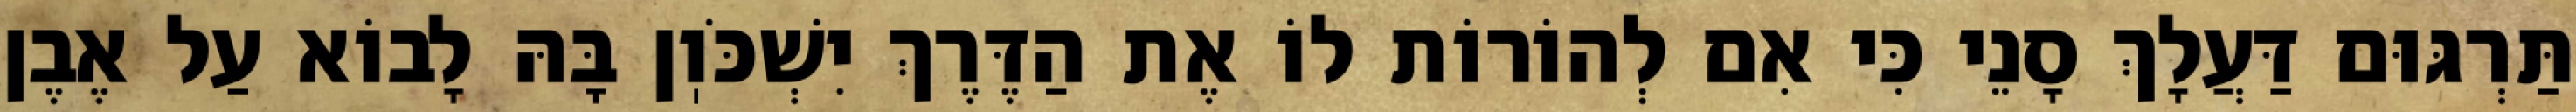
תַּרְגּוּם דַּעֲלָךְ סָנֵי כִּי אִם לְהוֹרוֹת לוֹ אֶת הַדֶּרֶךְ יִשְׁכֹּוֽן בָּהּ לָבוֹא עַל אֶבֶן